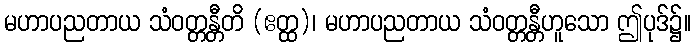
မဟာပညတာယ သံဝတ္တန္တီတိ (ဧတ္ထ)၊ မဟာပညတာယ သံဝတ္တန္တီဟူသော ဤပုဒ်၌။